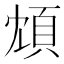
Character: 䪴